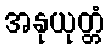
အနုယုတ္တံ